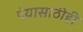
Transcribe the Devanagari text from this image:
पेयासाठीही